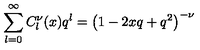
\sum _ { l = 0 } ^ { \infty } C _ { l } ^ { \nu } ( x ) q ^ { l } = \left( 1 - 2 x q + q ^ { 2 } \right) ^ { - \nu }